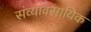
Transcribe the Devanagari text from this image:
संव्यावसायिक